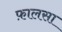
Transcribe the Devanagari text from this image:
फ़ालसा